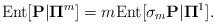
LaTeX: \begin{align*} {\rm Ent}[\mathbf{P}| \mathbf{\Pi}^{m}] = m {\rm Ent}[\sigma_{m}\mathbf{P}| \mathbf{\Pi}^{1}]. \end{align*}